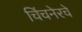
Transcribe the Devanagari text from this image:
चिंचनेरचे